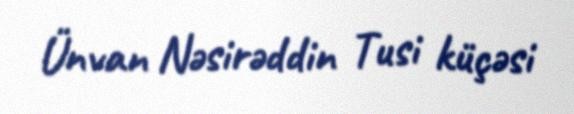
Ünvan Nəsirəddin Tusi küçəsi